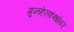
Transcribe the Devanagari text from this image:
गुप्तहेरकथांवर